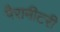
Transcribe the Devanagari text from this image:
पैरामीटरी